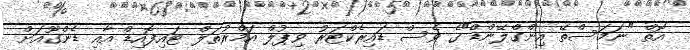
އޮތް "ނަމަސްތޭ އިންގްލޭންޑް"ގެ ވެސް ޑައިރެކްޓަރު ވިޕުލް އަމްރުތަލް ޓައިފޮއިޑް އާއި ޑެންގޫއަށް